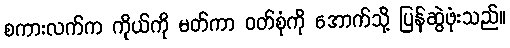
စကားလက်က ကိုယ်ကို မတ်ကာ ဝတ်စုံကို အောက်သို့ ပြန်ဆွဲဖုံးသည်။